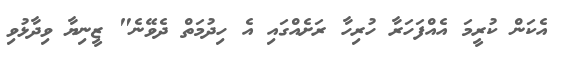
އެކަން ކުރީމަ އެއްފަހަރާ ހުރިހާ ރަށެއްގައި އެ ހިދުމަތް ދެވޭނެ" ޒީނިޔާ ވިދާޅުވި